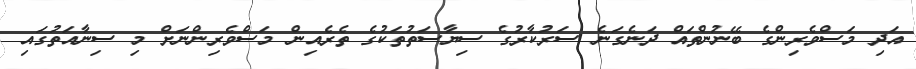
އަދި މަސްވެރިންގެ ބޭނުންތައް ދަނެގަނެ ސަރުކާރުގެ ސިޔާސަތުތަކުގެ ތެރެއިން މަސްވެރިންނަށް މި ސިނާއަތުގައި